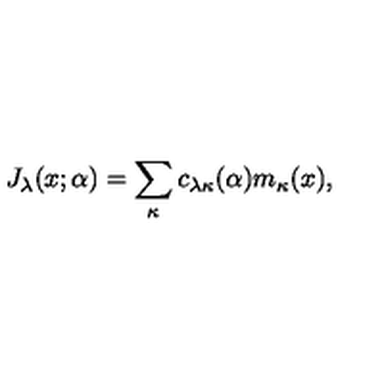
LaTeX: J _ { \lambda } ( x ; \alpha ) = \sum _ { \kappa } c _ { \lambda \kappa } ( \alpha ) m _ { \kappa } ( x ) ,